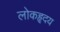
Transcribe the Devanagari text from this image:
लोकहृदय